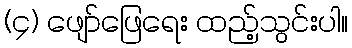
(၄) ဖျော်ဖြေရေး ထည့်သွင်းပါ။